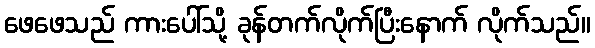
ဖေဖေသည် ကားပေါ်သို့ ခုန်တက်လိုက်ပြီးနောက် လိုက်သည်။